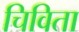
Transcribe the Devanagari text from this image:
चिविता